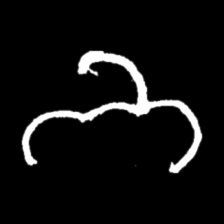
Pyu character \u2014 Myanmar letter: ဘ (romanized: bha)